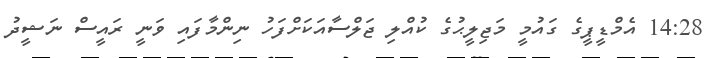
14:28 އެމްޑީޕީގެ ގައުމީ މަޖިލީޙުގެ ކުއްލި ޖަލްސާއަކަށްފަހު ނިންމާފައި ވަނީ ރައީސް ނަޝީދު